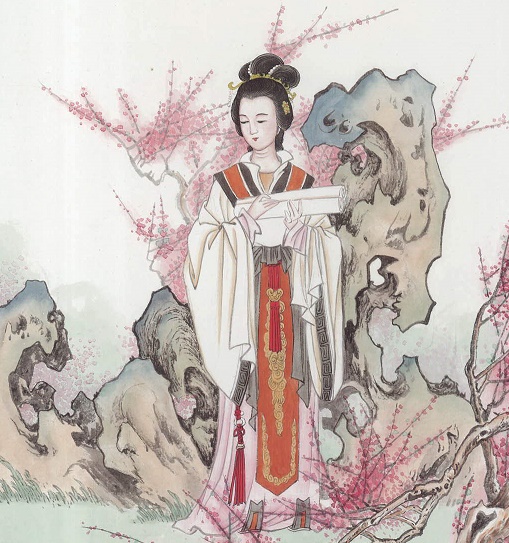
别离在今晨，见尔当何秋。